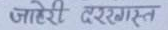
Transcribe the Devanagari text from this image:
जाहेरी दरखास्त